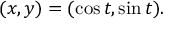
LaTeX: ( x , y ) = ( \cos t , \sin t ) .